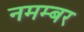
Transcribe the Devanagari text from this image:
नमम्बर